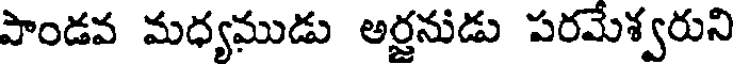
పాండవ మధ్యముడు అర్జనుడు పరమేశ్వరుని